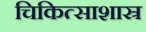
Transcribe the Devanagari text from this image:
चिकित्साशास्र